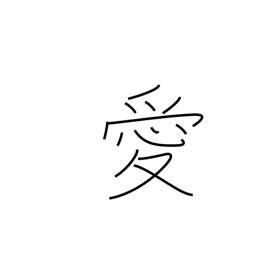
Meaning: affection